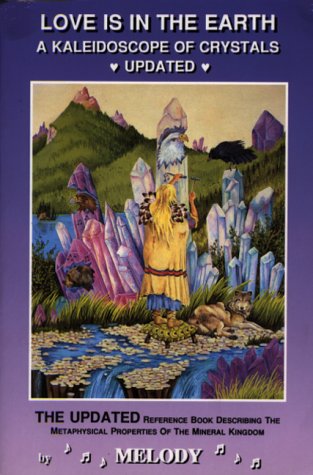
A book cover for Love is in the Earth: A Kaleidoscope of Crystals - The Reference Book Describing the Metaphysical Properties of the Mineral Kingdom; Melody; Religion & Spirituality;